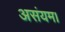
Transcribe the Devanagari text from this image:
असंयम।